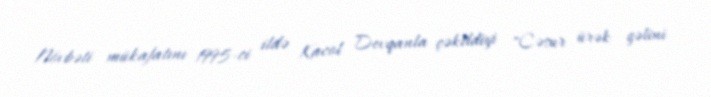
Növbəti mükafatını 1995-ci ildə Kacol Devqanla çəkildiyi "Cəsur ürək gəlini